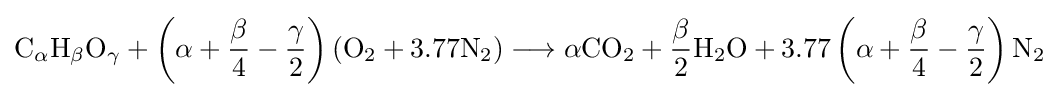
{\mathrm {C} {\vphantom {A}}_{\smash[{t}]{\mathit {\alpha }}}\mathrm {H} {\vphantom {A}}_{\smash[{t}]{\mathit {\beta }}}\mathrm {O} {\vphantom {A}}_{\smash[{t}]{\mathit {\gamma }}}}+\left(\alpha +{\frac {\beta }{4}}-{\frac {\gamma }{2}}\right)\left({\mathrm {O} {\vphantom {A}}_{\smash[{t}]{2}}}+3.77{\mathrm {N} {\vphantom {A}}_{\smash[{t}]{2}}}\right)\longrightarrow \alpha {\mathrm {CO} {\vphantom {A}}_{\smash[{t}]{2}}}+{\frac {\beta }{2}}{\mathrm {H} {\vphantom {A}}_{\smash[{t}]{2}}\mathrm {O} }+3.77\left(\alpha +{\frac {\beta }{4}}-{\frac {\gamma }{2}}\right){\mathrm {N} {\vphantom {A}}_{\smash[{t}]{2}}}